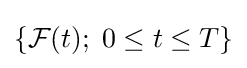
\{{\mathcal {F}}(t);\;0\leq t\leq T\}